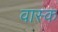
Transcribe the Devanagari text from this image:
वास्क